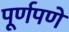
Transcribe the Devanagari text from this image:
पूूर्णपणे